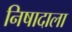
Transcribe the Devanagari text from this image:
निषादाला